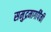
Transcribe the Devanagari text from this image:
समुद्रमार्गांपैकी